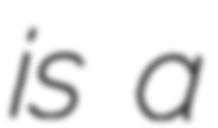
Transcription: is a